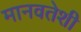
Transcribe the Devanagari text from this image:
मानवतेशी